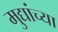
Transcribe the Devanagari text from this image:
मुद्यांच्या